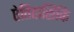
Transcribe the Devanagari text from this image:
ऐतिहासिकि